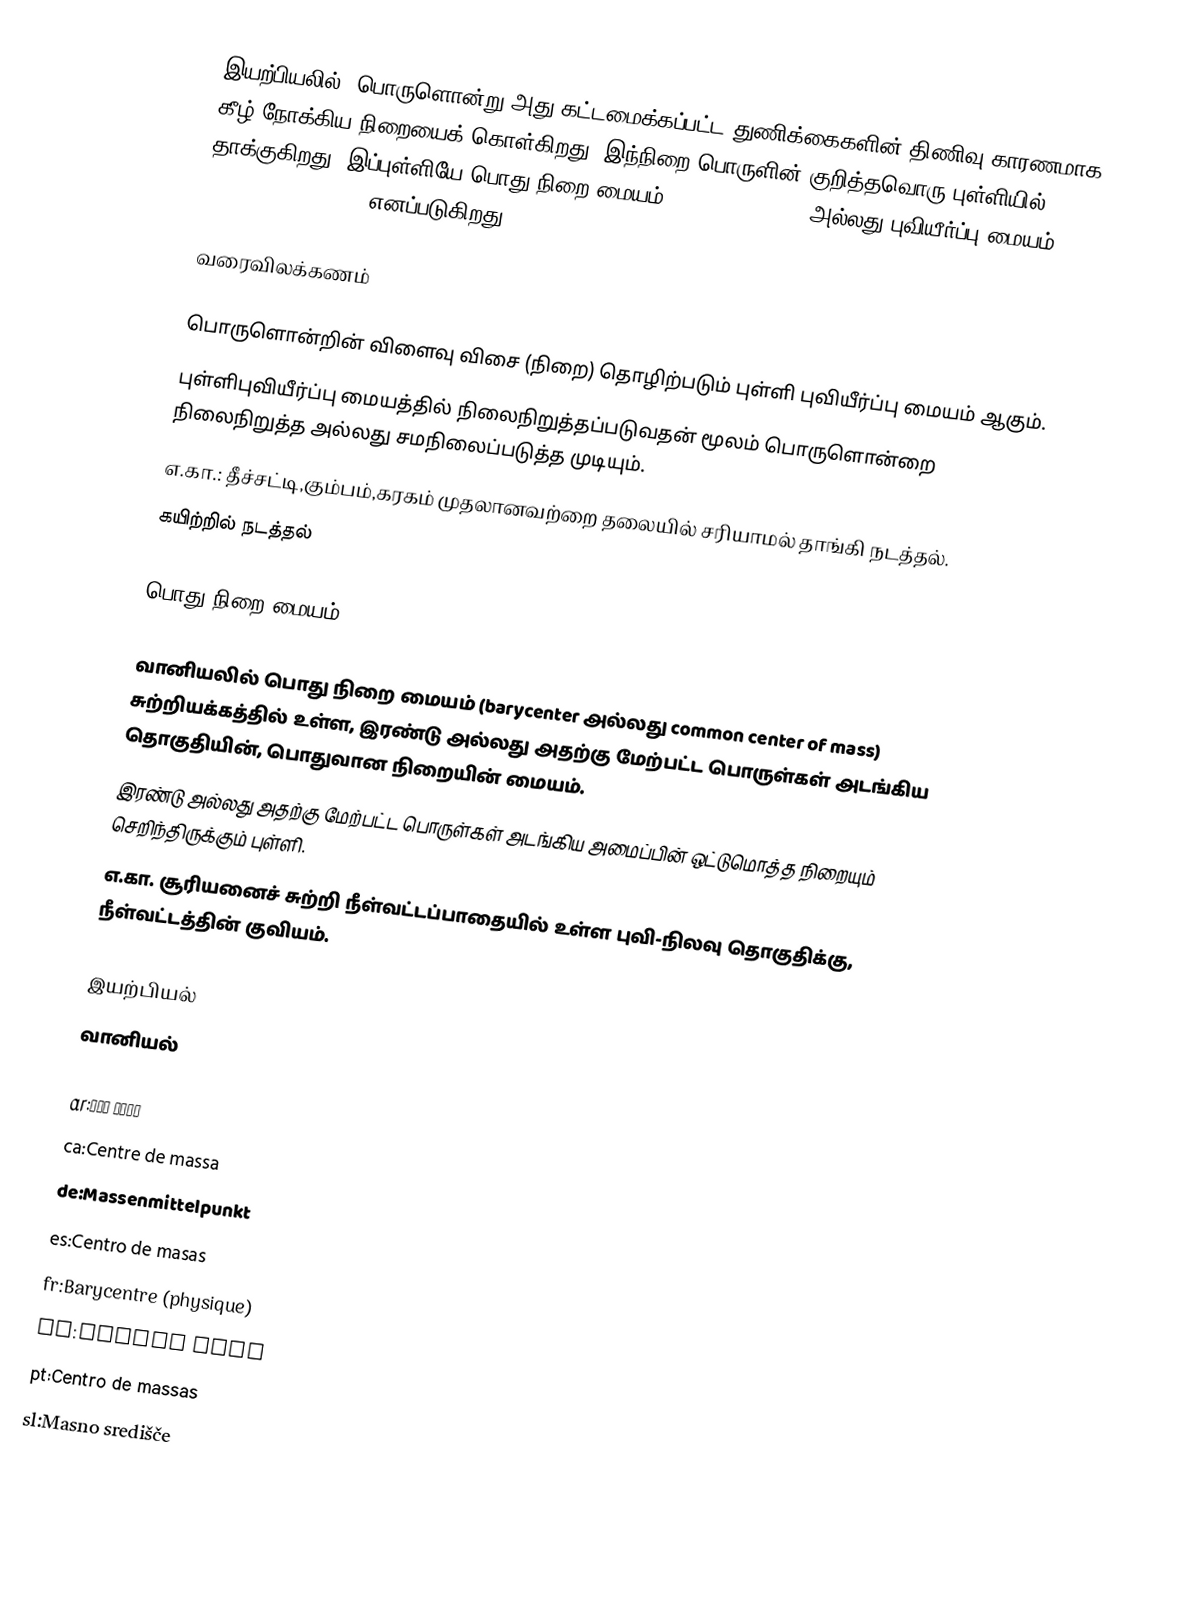
இயற்பியலில், பொருளொன்று அது கட்டமைக்கப்பட்ட துணிக்கைகளின் திணிவு காரணமாக கீழ் நோக்கிய நிறையைக் கொள்கிறது. இந்நிறை பொருளின் குறித்தவொரு புள்ளியில் தாக்குகிறது. இப்புள்ளியே பொது நிறை மையம் (center of mass) அல்லது புவியீர்ப்பு மையம் (center of gravity) எனப்படுகிறது.

வரைவிலக்கணம்

பொருளொன்றின் விளைவு விசை (நிறை) தொழிற்படும்  புள்ளி புவியீர்ப்பு மையம் ஆகும்.
 புள்ளிபுவியீர்ப்பு மையத்தில் நிலைநிறுத்தப்படுவதன் மூலம் பொருளொன்றை நிலைநிறுத்த அல்லது சமநிலைப்படுத்த முடியும்.
 எ.கா.: தீச்சட்டி,கும்பம்,கரகம் முதலானவற்றை தலையில் சரியாமல் தாங்கி நடத்தல்.
கயிற்றில் நடத்தல்

பொது நிறை மையம்

வானியலில் பொது நிறை மையம் (barycenter அல்லது common center of mass) சுற்றியக்கத்தில் உள்ள, இரண்டு அல்லது அதற்கு மேற்பட்ட பொருள்கள் அடங்கிய தொகுதியின், பொதுவான நிறையின் மையம்.
 இரண்டு அல்லது அதற்கு மேற்பட்ட பொருள்கள் அடங்கிய அமைப்பின் ஒட்டுமொத்த நிறையும் செறிந்திருக்கும் புள்ளி.
 எ.கா. சூரியனைச் சுற்றி நீள்வட்டப்பாதையில் உள்ள புவி-நிலவு தொகுதிக்கு, நீள்வட்டத்தின் குவியம்.

இயற்பியல்
வானியல்

ar:مركز ثقل
ca:Centre de massa
de:Massenmittelpunkt
es:Centro de masas
fr:Barycentre (physique)
pl:Środek masy
pt:Centro de massas
sl:Masno središče